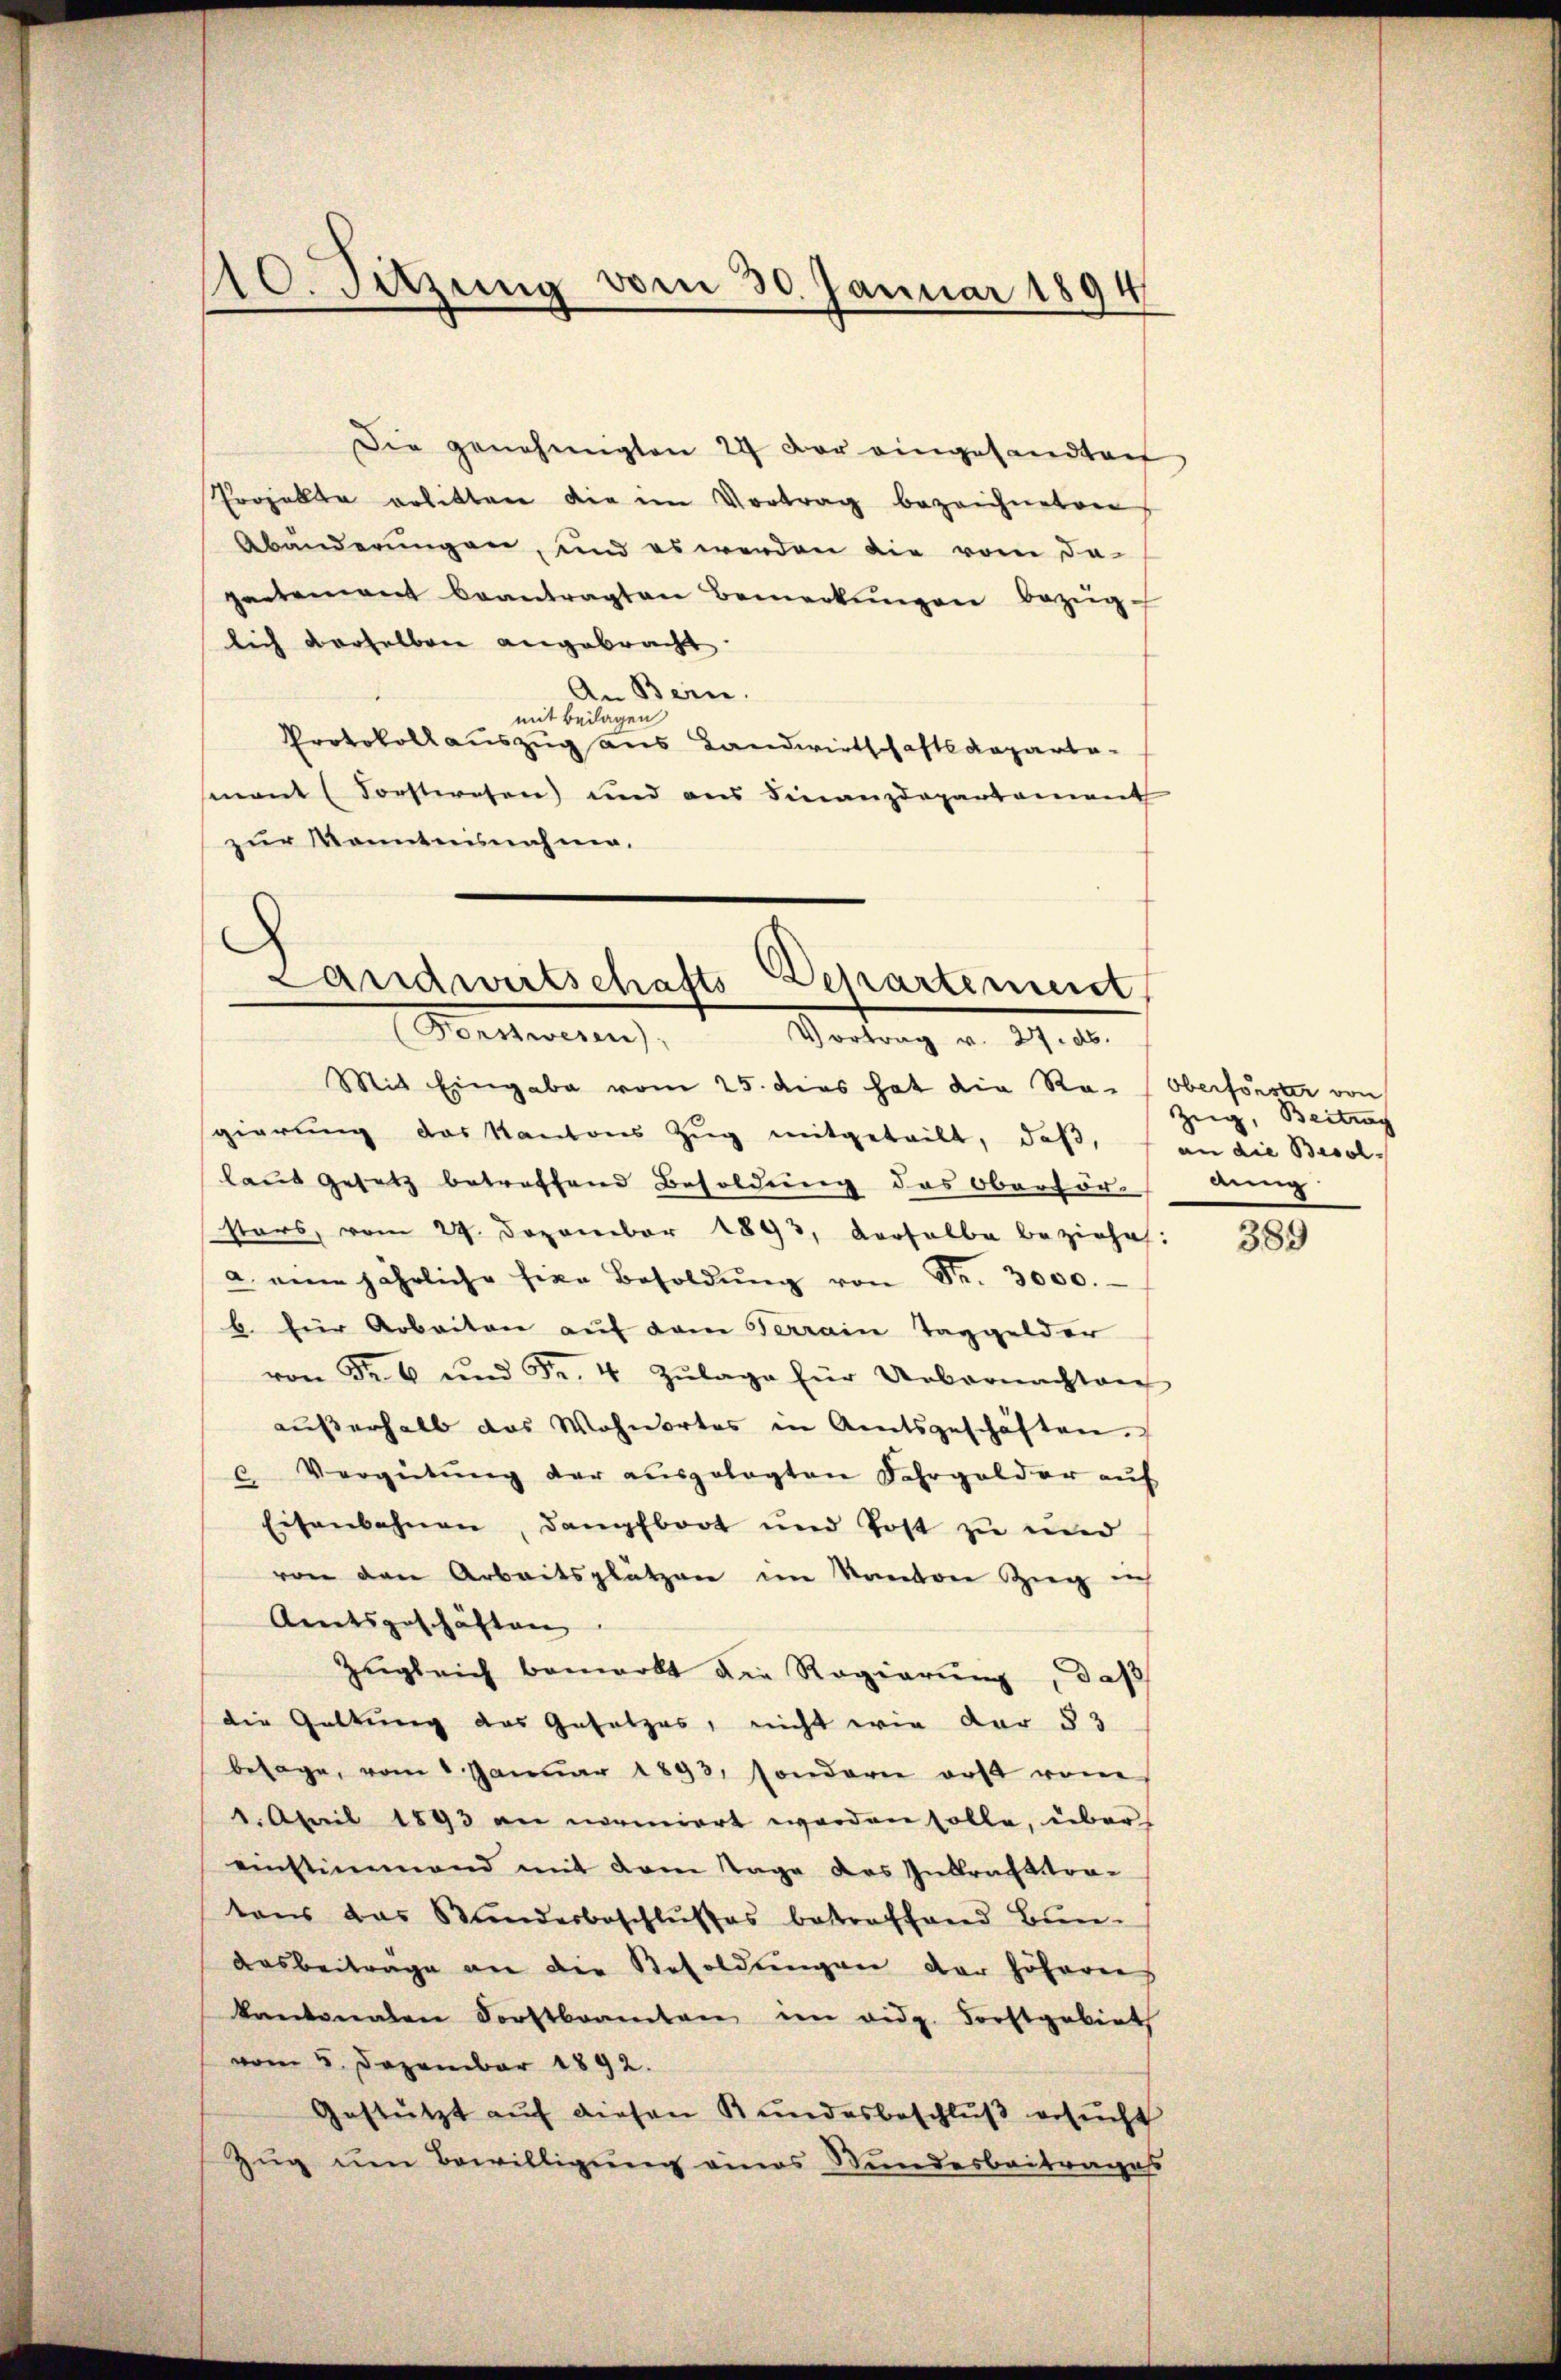
Die genehmigten 24 der eingesandten
Prozollte erlitten die im Vortrag bezeichneten
Abänderungen, und es werden die vom De-
gartement beantragten Bemerkŭngen bezüglich derselben angebracht.
An Berne.
mit Beilagen
Protokollauszug aus Landwirtschaftsdeparta-
mant (Forstwesen und aus Finanzdepartament
zur Kenntnisnahme.

110. Setzung vom 30. Januar 1894

Landweitschafts-Departement
Herteniren
Vortrag v. 27. ds.
Mit Eingabe vom 25. dies hat die Ra- (Oberförster von

sgierung das Kantons Zŭg mitgeteilt, daβ,
laus gesetz betreffend Besoldung des Oberhörung
starb, vom 29. Dezember 1893, Verhalbe beziehe:
a. eine jährliche sie Besoldŭng von Fr. 3000.
b. für Arbeiten auf dem Terrain Taggelder
von Fr. 6 und Fr. 4 Zŭlage für Uebernachten
aŭβerhalb das Wohnortes in Amtsgeschäften.
c. Vergütŭng der aŭsgelegten Fahrgelder aŭf
Eisenbahnen, dampfboot und Post zu und
von den Arbeitsplätzen im Kanton Zug ih
Amtsgeschäften
Zugleich bemerkt die Regierung, daß
die Geltung des Gesetzes, nicht wie der § 3
besage, vom 1 Janŭar 1893, sondern erst von
1. April 1893 an normiert worden solle, über
einstimmend mit dem Tage das Inkrafttratens das Bunderbeschlŭsses betreffend Bun-
Ausbeiträge an die Resoldungen der höheren
kantonalen Forstbeamten im eidg. Forstgebiet
vom 5. Dezember 1892.
Gestützt auf diesen Kundesbeschluß besucht
Zug um Bewilligung eines Wundesbeitrages

Zug, Beitrag
an die Besol

389